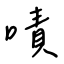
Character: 嘖